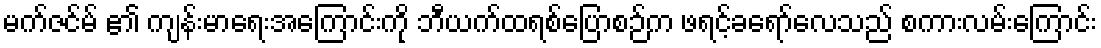
မက်ဇင်မ် ၏ ကျန်းမာရေးအကြောင်းကို ဘီယက်ထရစ်ပြောစဉ်က ဖရင့်ခရော်လေသည် စကားလမ်းကြောင်း